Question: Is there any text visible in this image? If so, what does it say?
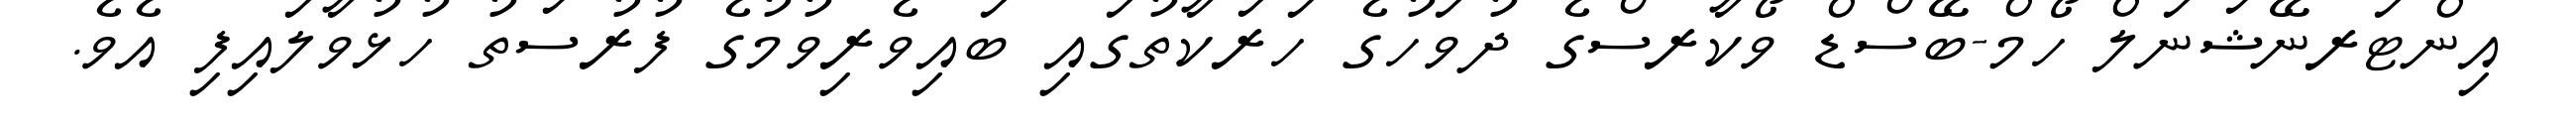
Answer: އިންޓަރނޭޝަނަލް ހޯމް-ބޭސްޑް ވޯކާރސްގެ ދުވަހުގެ ހަރަކާތުގައި ބައިވެރިވުމުގެ ފުރުސަތު ހުޅުވާލައިފި އެވެ.